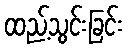
ထည့်သွင်းခြင်း